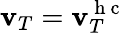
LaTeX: \mathbf{v}_{T}=\mathbf{v}_{T}^{\mathrm{{~h~c~}}}